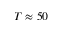
T \approx 5 0